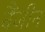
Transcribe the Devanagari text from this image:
बैंजीन